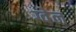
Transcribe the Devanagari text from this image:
ग्वेल